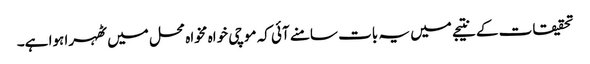
تحقیقات کے نتیجے میں یہ بات سامنے آئی کہ موچی خواہ مخواہ محل میں ٹھہرا ہوا ہے۔